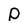
Character: P